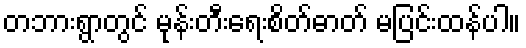
တဘားရွာတွင် မုန်းတီးရေးစိတ်ဓာတ် မပြင်းထန်ပါ။